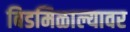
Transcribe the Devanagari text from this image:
बिडमिळाल्यावर